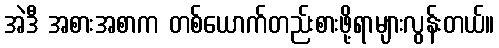
အဲဒီ အစားအစာက တစ်ယောက်တည်းစားဖို့ရာများလွန်းတယ်။